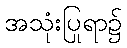
အသုံးပြုရာ၌